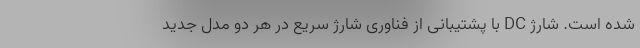
شده است. شارژ DC با پشتیبانی از فناوری شارژ سریع در هر دو مدل جدید